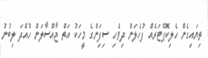
ތިޔައިގެން ހެލިކޮޕްޓަރެއް ފުހެލަން ދިވެހި ސިފަިންގެ މީހަކު އަތް ޖާއްސާލަން ހުއްދަ ލިބުނު